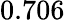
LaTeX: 0.706